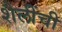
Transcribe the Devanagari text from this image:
शैलींची